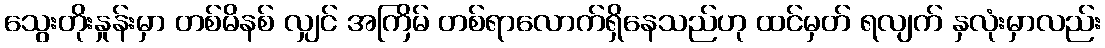
သွေးတိုးနှုန်းမှာ တစ်မိနစ် လျှင် အကြိမ် တစ်ရာလောက်ရှိနေသည်ဟု ထင်မှတ် ရလျက် နှလုံးမှာလည်း